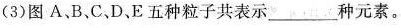
。(3)图A、B、C，D、E五种粒子共表示___种元素。